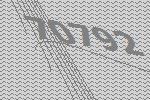
70792